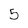
Character: 5